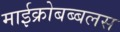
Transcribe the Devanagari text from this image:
माईक्रोबब्बलस